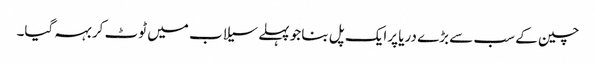
چین کے سب سے بڑے دریا پرایک پل بنا جو پہلےسیلاب میں ٹوٹ کر بہہ گیا۔